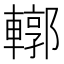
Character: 𨎎